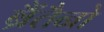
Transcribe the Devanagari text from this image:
ब्रैंतैनो